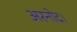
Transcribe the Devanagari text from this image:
अरनोद।